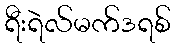
ရီးရဲလ်မက်ဒရစ်